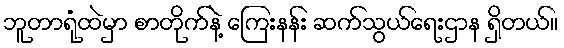
ဘူတာရုံထဲမှာ စာတိုက်နဲ့ ကြေးနန်း ဆက်သွယ်ရေးဌာန ရှိတယ်။